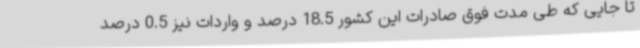
تا جایی که طی مدت فوق صادرات این کشور 18.5 درصد و واردات نیز 0.5 درصد